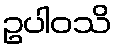
ဥပါဝသိ